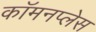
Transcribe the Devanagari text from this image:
कॉमनप्लेस